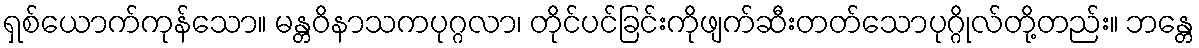
ရှစ်ယောက်ကုန်သော။ မန္တဝိနာသကပုဂ္ဂလာ၊ တိုင်ပင်ခြင်းကိုဖျက်ဆီးတတ်သောပုဂ္ဂိုလ်တို့တည်း။ ဘန္တေ